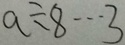
a \div 8 \cdots 3